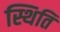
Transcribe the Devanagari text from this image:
स्थिति